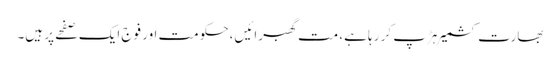
بھارت کشمیر ہڑپ کر رہا ہے، مت گھبرائیں، حکومت اور فوج ایک صفحے پر ہیں۔